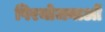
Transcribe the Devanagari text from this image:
पिरयोजनाओं